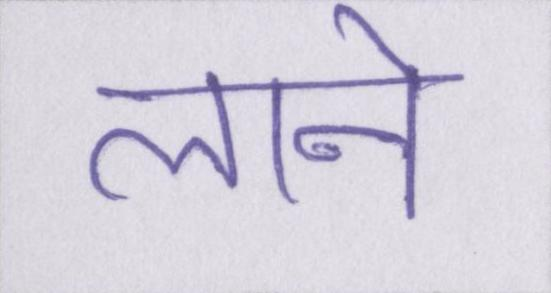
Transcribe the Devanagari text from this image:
लाने